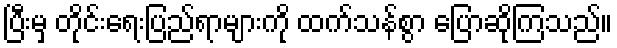
ပြီးမှ တိုင်းရေးပြည်ရာများကို ထက်သန်စွာ ပြောဆိုကြသည်။